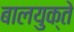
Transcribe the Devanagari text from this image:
बालयुक्ते